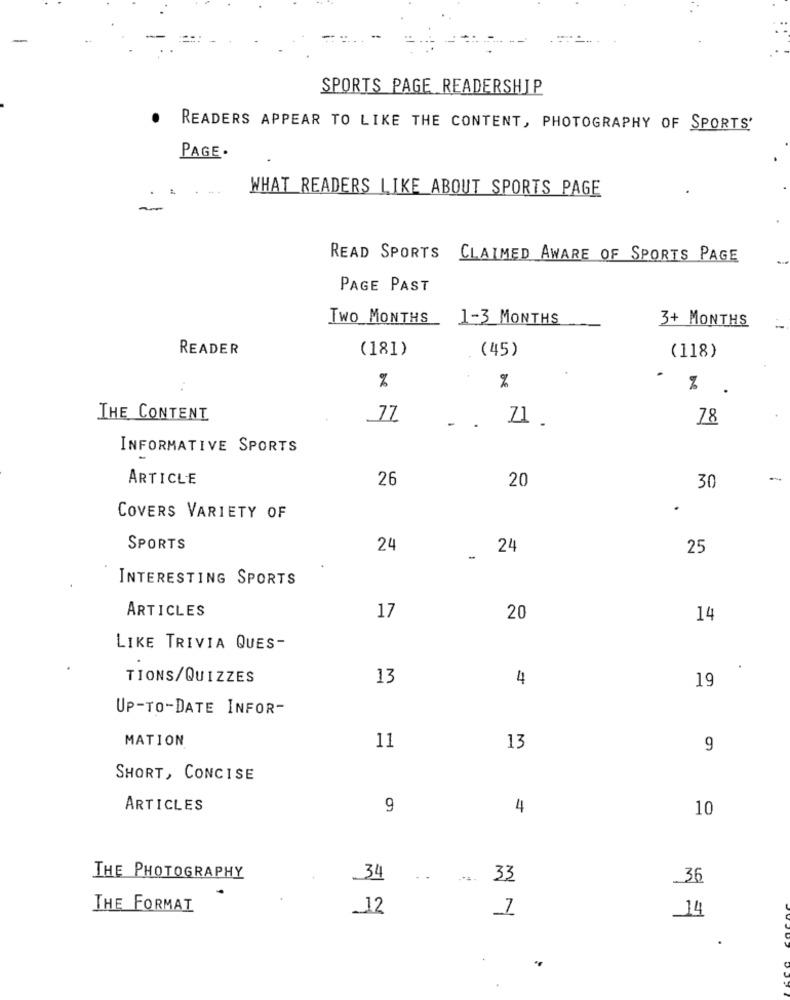
SPORTS PAGE READERSHIP
READERS APPEAR TO LIKE THE CONTENT, PHOTOGRAPHY OF SPORTS'
PAGE.
WHAT READERS LIKE ABOUT SPORTS PAGE
READ SPORTS CLAIMED AWARE OF SPORTS PAGE
PAGE PAST
Two MONTHS
1-3 MONTHS
3+ MONTHS
READER
(181)
(45)
(118)
%
..
%
THE CONTENT
77
78
..
INFORMATIVE SPORTS
ARTICLE
26
20
30
.
COVERS VARIETY OF
SPORTS
24
_ 24
25
INTERESTING SPORTS
ARTICLES
17
20
14
LIKE TRIVIA QUES-
.
TIONS/QUIZZES
13
4
19
UP-TO-DATE INFOR-
MATION
11
13
9
SHORT, CONCISE
ARTICLES
4
10
THE PHOTOGRAPHY
.34
33
36
THE FORMAT
12
14